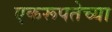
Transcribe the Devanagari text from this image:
एकरूपतेच्या